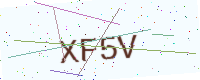
Text: XF5V